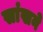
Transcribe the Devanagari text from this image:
सांखने